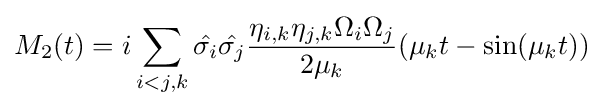
M_{2}(t)=i\sum _{i<j,k}{\hat {\sigma _{i}}}{\hat {\sigma _{j}}}{\frac {\eta _{i,k}\eta _{j,k}\Omega _{i}\Omega _{j}}{2\mu _{k}}}(\mu _{k}t-\sin(\mu _{k}t))